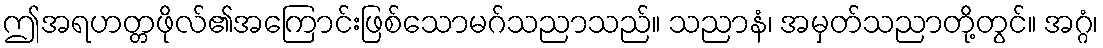
ဤအရဟတ္တဖိုလ်၏အကြောင်းဖြစ်သောမဂ်သညာသည်။ သညာနံ၊ အမှတ်သညာတို့တွင်။ အဂ္ဂံ၊